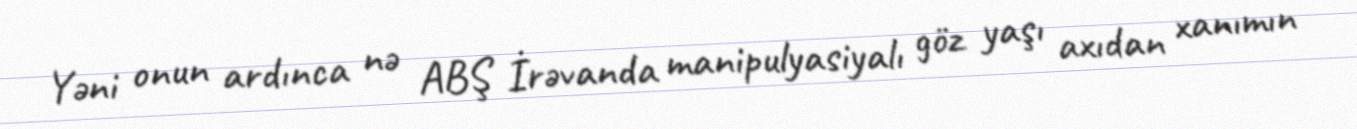
Yəni onun ardınca nə ABŞ İrəvanda manipulyasiyalı göz yaşı axıdan xanımın